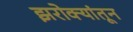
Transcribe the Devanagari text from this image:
झरोक्यांतून